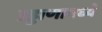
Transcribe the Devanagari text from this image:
उड्डाणामध्ये